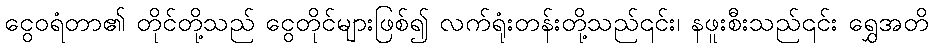
ငွေဝရံတာ၏ တိုင်တို့သည် ငွေတိုင်များဖြစ်၍ လက်ရုံးတန်းတို့သည်၎င်း၊ နဖူးစီးသည်၎င်း ရွှေအတိ